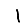
Digit: 1